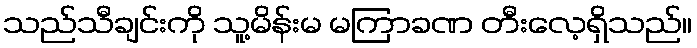
သည်သီချင်းကို သူ့မိန်းမ မကြာခဏ တီးလေ့ရှိသည်။